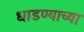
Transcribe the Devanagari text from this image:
धाडण्याच्या